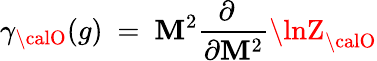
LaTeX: \gamma_{\calO}(g)~=~\mathbf{M}^{2}\frac{{\partial~~}}{{\partial\mathbf{M}^{2}}}\lnZ_{\calO}